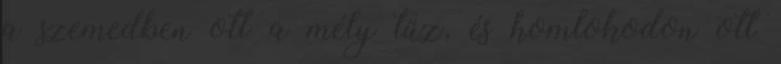
a szemedben ott a mély tűz, és homlokodon ott